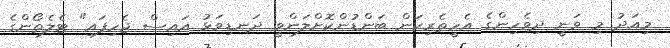
މިއަދު މި ވަނީ ދިވެހިންގެ އެހީތެރިކަން ބަންޑުންކޮށްލަންވީ ދަނޑިވަޅު އައިސް ޖެހިފައި" ޓެލެތޯންގެ